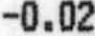
-0.02